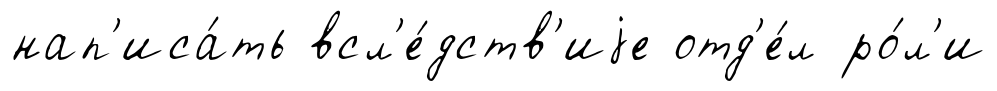
нап'иса́ть всл'е́дств'иjе отд'е́л ро́л'и